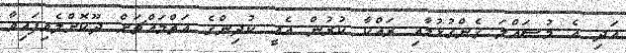
އަދި އެ މުސައްލަ ގެންގުޅުމާއި ރައްކާ ކުރުން އެއީ ކުދިންގެ އަތްމައްޗަށް ދޫކޮށްލެވިފައިވާ